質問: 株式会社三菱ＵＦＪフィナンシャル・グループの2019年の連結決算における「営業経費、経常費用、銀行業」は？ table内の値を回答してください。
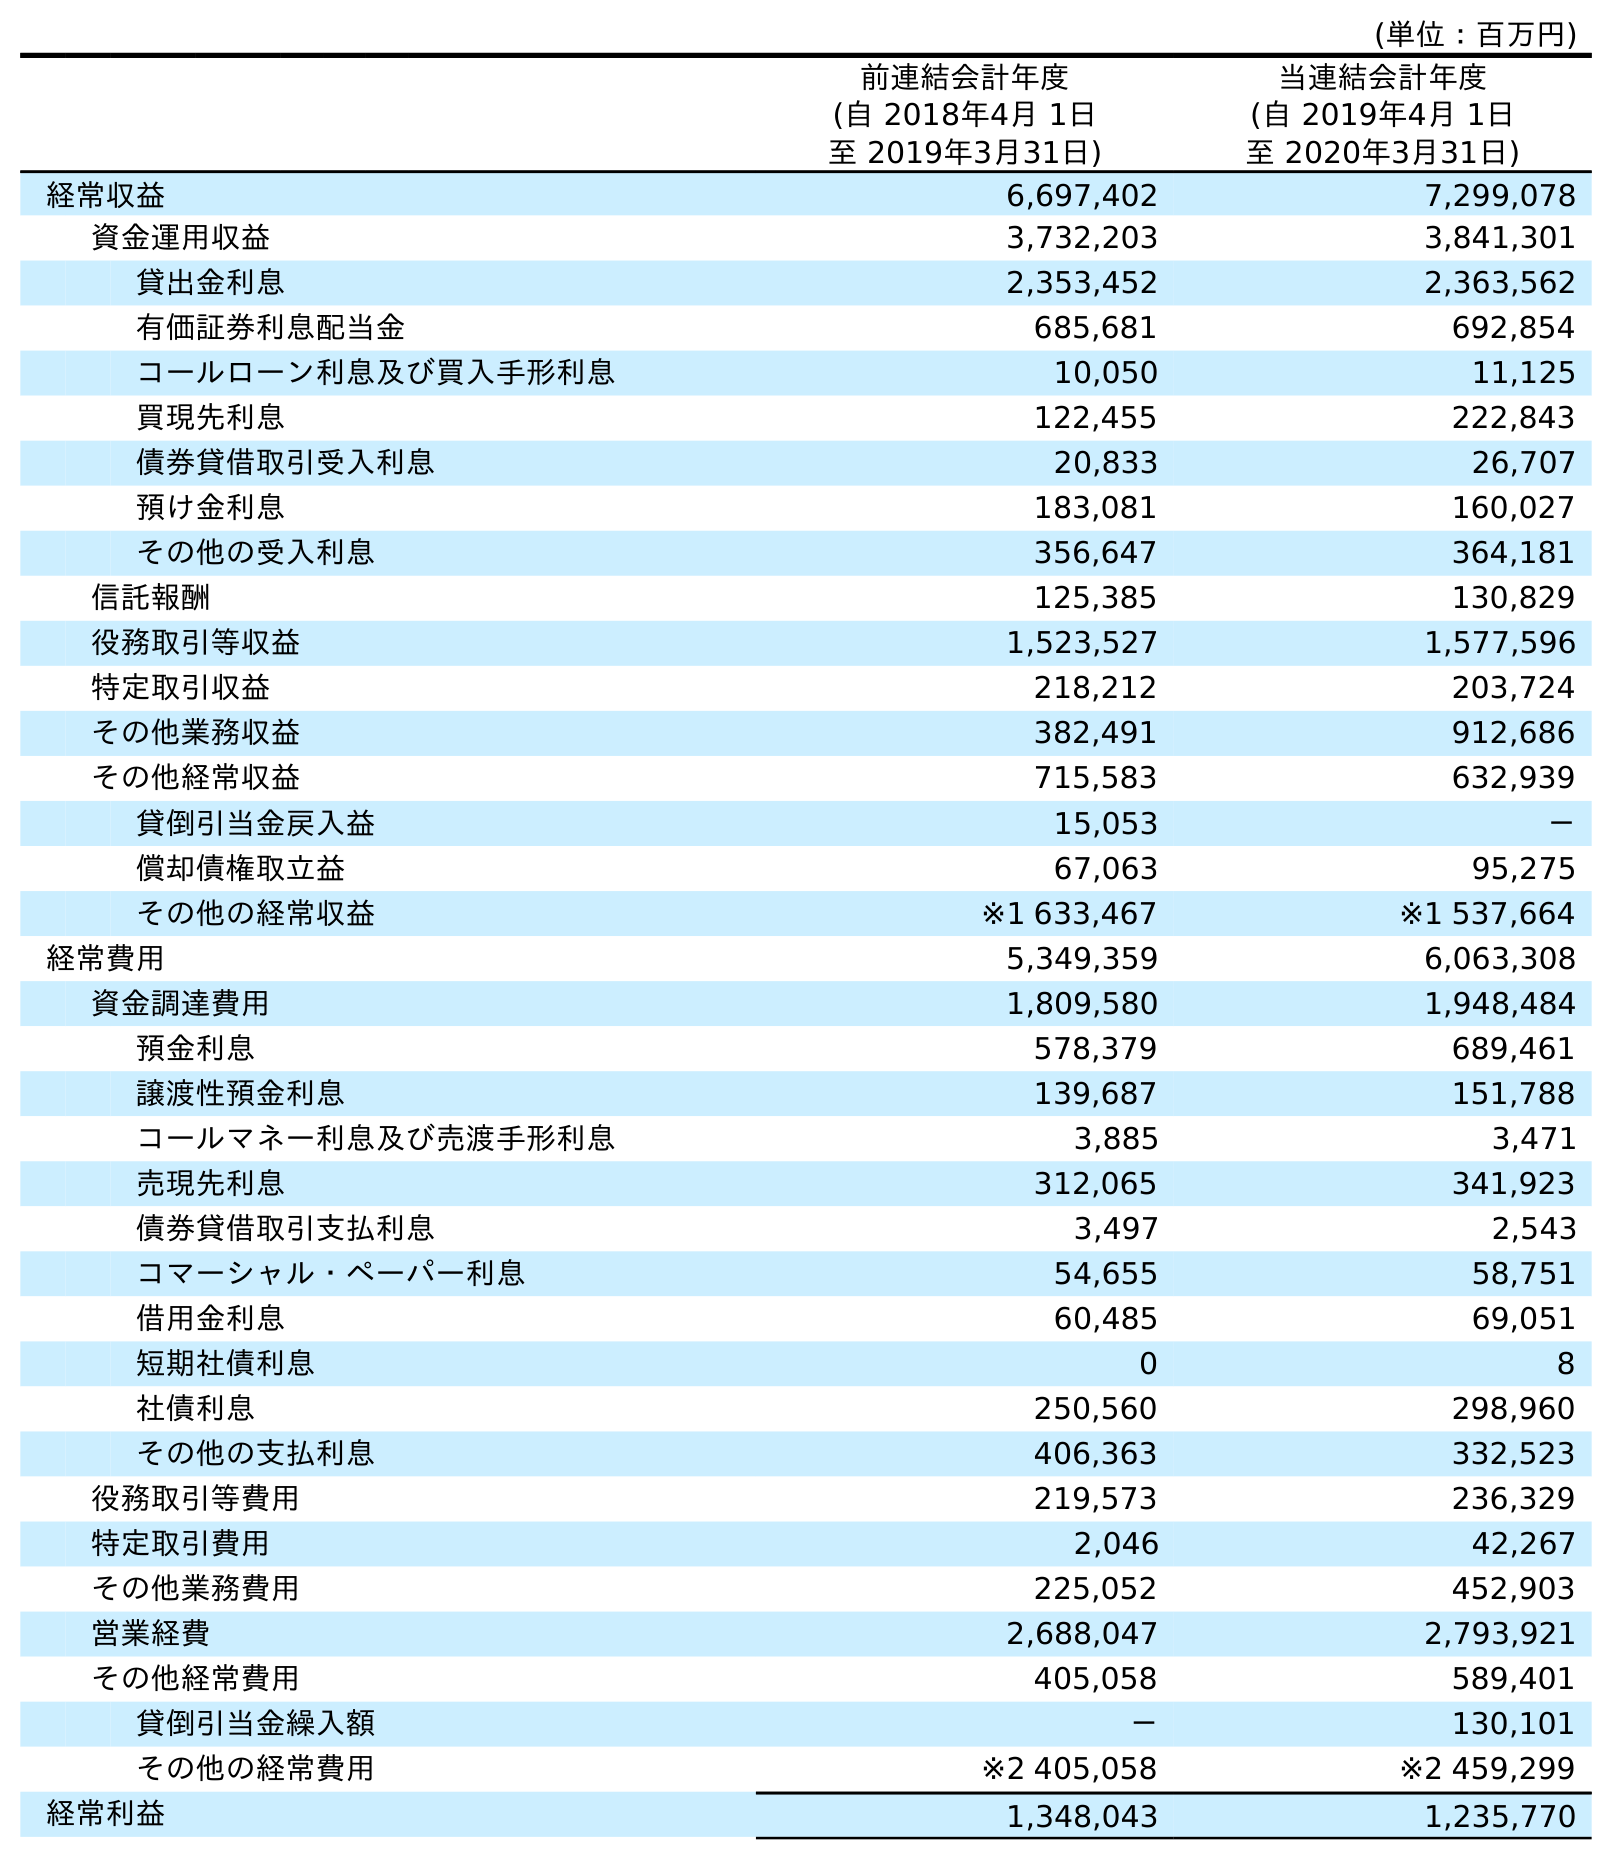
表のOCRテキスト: (単位：百万円) 前連結会計年度 (自 2018年4月 1日 至 2019年3月31日) 当連結会計年度 (自 2019年4月 1日 至 2020年3月31日) 経常収益 6,697,402 7,299,078 資金運用収益 3,732,203 3,841,301 貸出金利息 2,353,452 2,363,562 有価証券利息配当金 685,681 692,854 コールローン利息及び買入手形利息 10,050 11,125 買現先利息 122,455 222,843 債券貸借取引受入利息 20,833 26,707 預け金利息 183,081 160,027 その他の受入利息 356,647 364,181 信託報酬 125,385 130,829 役務取引等収益 1,523,527 1,577,596 特定取引収益 218,212 203,724 その他業務収益 382,491 912,686 その他経常収益 715,583 632,939 貸倒引当金戻入益 15,053 － 償却債権取立益 67,063 95,275 その他の経常収益 ※1 633,467 ※1 537,664 経常費用 5,349,359 6,063,308 資金調達費用 1,809,580 1,948,484 預金利息 578,379 689,461 譲渡性預金利息 139,687 151,788 コールマネー利息及び売渡手形利息 3,885 3,471 売現先利息 312,065 341,923 債券貸借取引支払利息 3,497 2,543 コマーシャル・ペーパー利息 54,655 58,751 借用金利息 60,485 69,051 短期社債利息 0 8 社債利息 250,560 298,960 その他の支払利息 406,363 332,523 役務取引等費用 219,573 236,329 特定取引費用 2,046 42,267 その他業務費用 225,052 452,903 営業経費 2,688,047 2,793,921 その他経常費用 405,058 589,401 貸倒引当金繰入額 － 130,101 その他の経常費用 ※2 405,058 ※2 459,299 経常利益 1,348,043 1,235,770
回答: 2,688,047